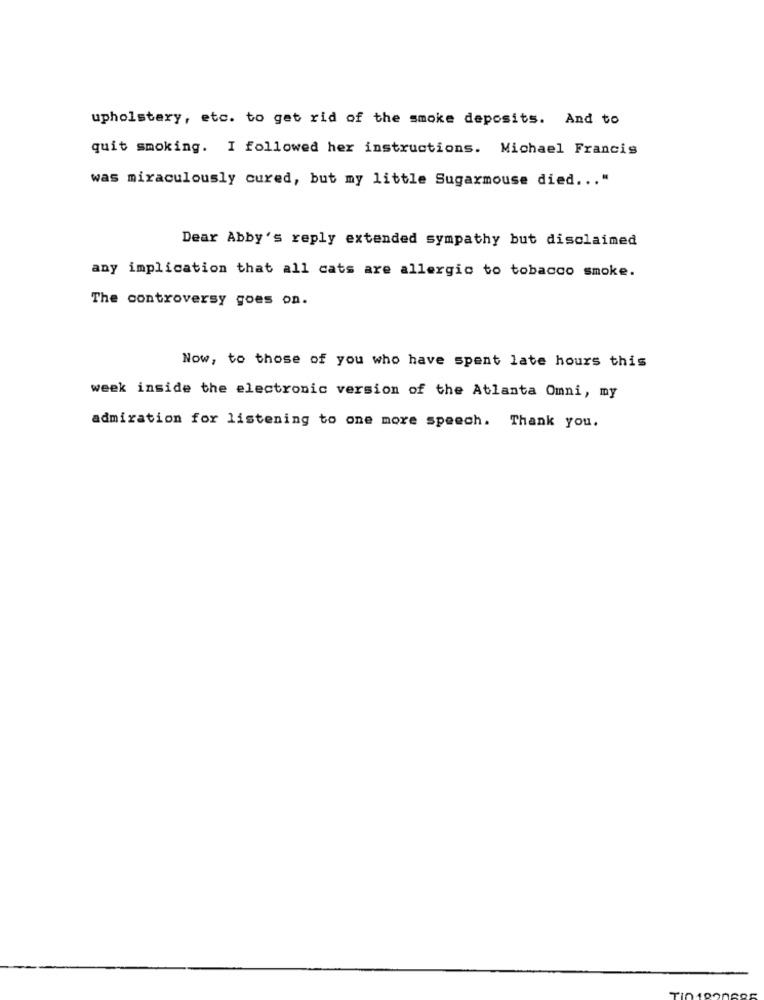
upholstery, etc. to get rid of the smoke deposits. And to
quit smoking. I followed her instructions. Michael Francis
was miraculously cured, but my little Sugarmouse died ... "
Dear Abby's reply extended sympathy but disclaimed
any implication that all cats are allergic to tobacco smoke.
The controversy goes on.
Now, to those of you who have spent late hours this
week inside the electronic version of the Atlanta Omni, my
admiration for listening to one more speech. Thank you.